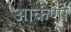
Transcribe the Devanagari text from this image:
आकंणों